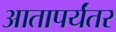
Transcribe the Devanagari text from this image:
आतापर्यंतर